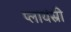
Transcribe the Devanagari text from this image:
प्लायंस्री